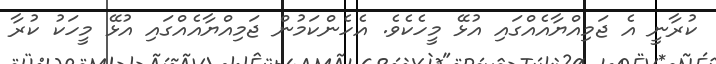
ކުރާނީ އެ ޖަމިއްޔާއެއްގައި އުޅޭ މީހެކެވެ. އެހެންކަމުން ޖަމިއްޔާއެއްގައި އުޅޭ މީހަކު ކުރާ